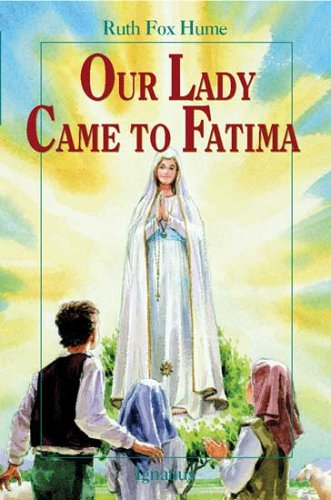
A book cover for Our Lady Came to Fatima (Vision Books); Ruth Fox Home; Christian Books & Bibles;